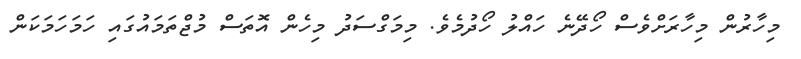
މިހާރުން މިހާރަށްވެސް ހޯދޭނެ ހައްލު ހޯދުމެވެ. މިމަގްސަދު މިހެން އޮތަސް މުޖްތަމައުގައި ހަމަހަމަކަން